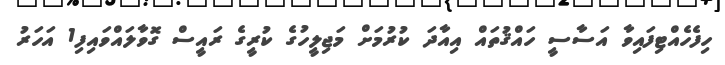
ހިފެހެއްޓިފައިވާ އަސާސީ ހައްޤުތައް އިއާދަ ކުރުމަށް މަޖިލީހުގެ ކުރީގެ ރައީސް ގޮވާލައްވައިފި1 އަހަރު